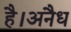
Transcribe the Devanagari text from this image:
है।अनैध